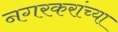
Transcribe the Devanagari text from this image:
नगरकरांच्या